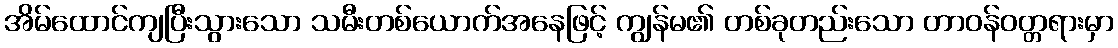
အိမ်ထောင်ကျပြီးသွားသော သမီးတစ်ယောက်အနေဖြင့် ကျွန်မ၏ တစ်ခုတည်းသော တာဝန်ဝတ္တရားမှာ